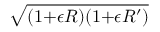
\sqrt { ( 1 { + } \epsilon R ) ( 1 { + } \epsilon R ^ { \prime } ) }